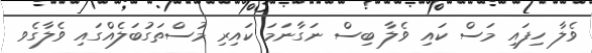
ވެލާ ހިފައި މަސް ކައި ވެލާ ބިސް ނަގާނަމަ ކައިރި މުސްތަގުބަލެއްގައި ވެލާގެވ